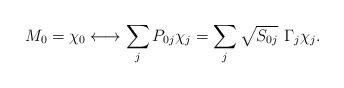
LaTeX: \begin{align*}M_0 = \chi_0 \longleftrightarrow \sum_j P_{0j} \chi_{j}= \sum_j \sqrt{S_{0j}} \ \Gamma_j \chi_{j}.\end{align*}